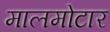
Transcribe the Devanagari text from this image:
मालमोटार